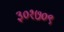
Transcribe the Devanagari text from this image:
३०१७०९